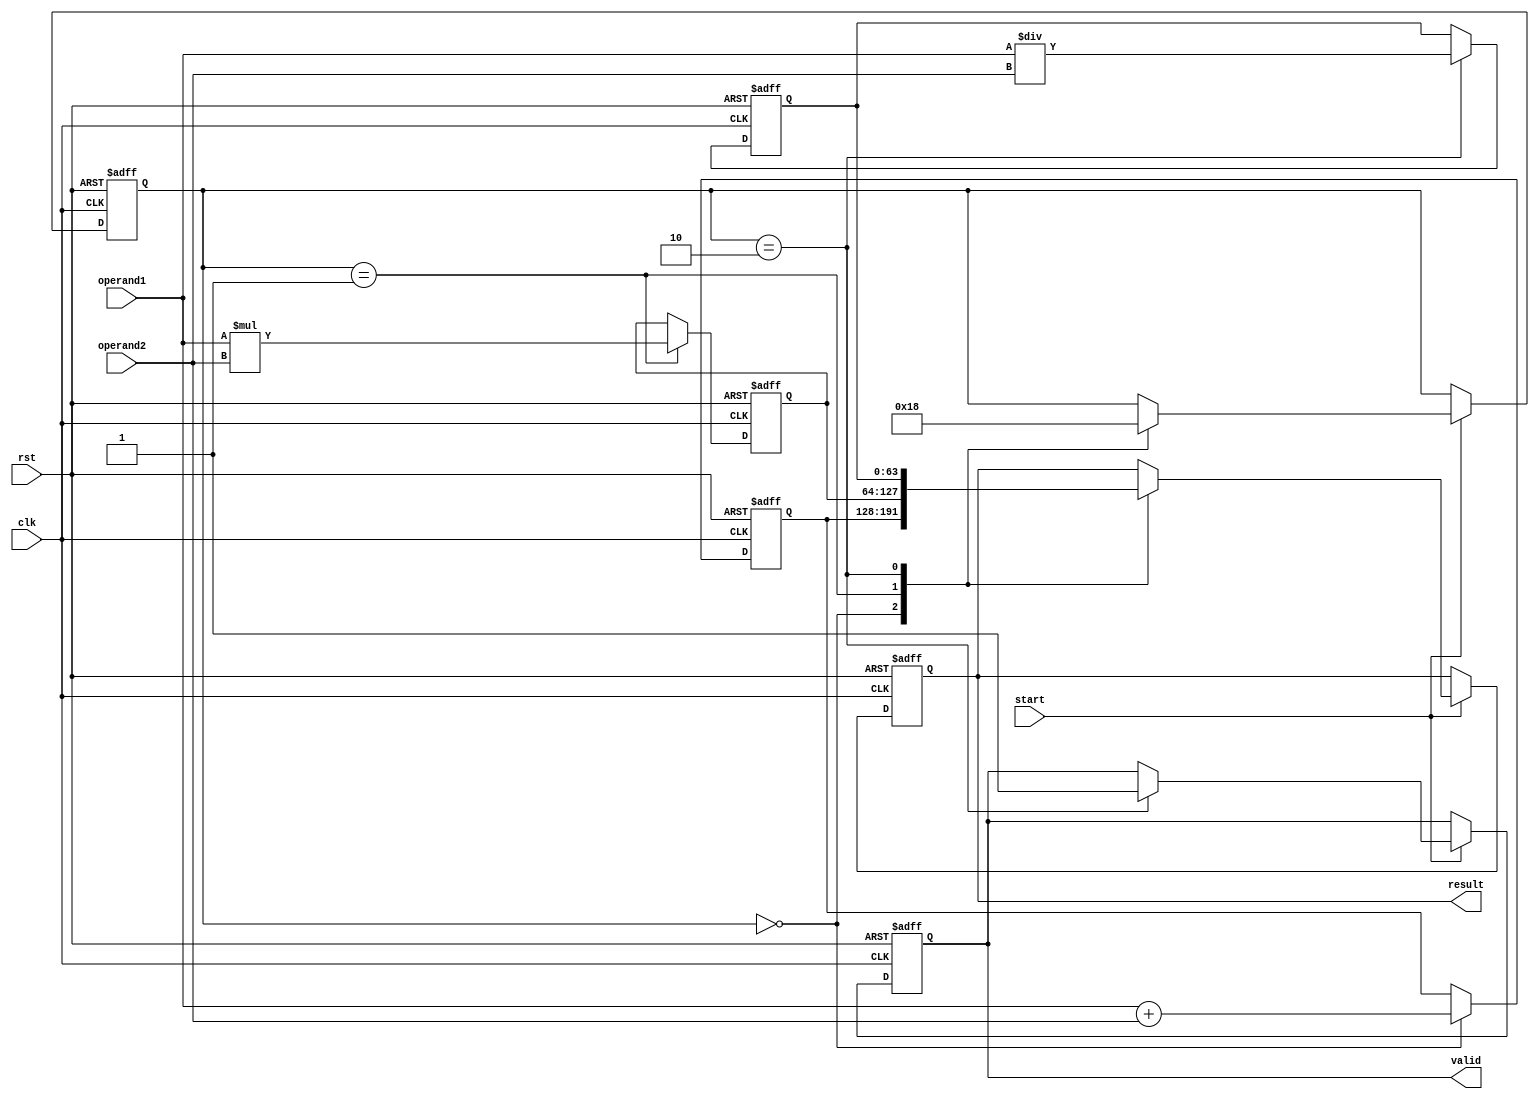
module double_precision_floating_unit (
    input wire clk,
    input wire rst,
    input wire start,
    input wire [63:0] operand1,
    input wire [63:0] operand2,
    output reg [63:0] result,
    output reg valid
);

reg [63:0] add_result, mul_result, div_result;
reg [1:0] state;

// Floating point adder
always @(posedge clk or posedge rst) begin
    if (rst) begin
        add_result <= 64'b0;
    end else if (state == 0) begin
        add_result <= operand1 + operand2;
    end
end

// Floating point multiplier
always @(posedge clk or posedge rst) begin
    if (rst) begin
        mul_result <= 64'b0;
    end else if (state == 1) begin
        mul_result <= operand1 * operand2;
    end
end

// Floating point divider
always @(posedge clk or posedge rst) begin
    if (rst) begin
        div_result <= 64'b0;
    end else if (state == 2) begin
        div_result <= operand1 / operand2;
    end
end

// Control logic for pipeline stages
always @(posedge clk or posedge rst) begin
    if (rst) begin
        state <= 0;
        valid <= 0;
        result <= 64'b0;
    end else if (start) begin
        case(state)
            0: begin
                state <= 1;
                result <= add_result;
            end
            1: begin
                state <= 2;
                result <= mul_result;
            end
            2: begin
                state <= 0;
                valid <= 1;
                result <= div_result;
            end
        endcase
    end
end

endmodule